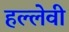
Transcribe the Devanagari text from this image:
हल्लेवी